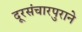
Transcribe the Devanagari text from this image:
दूरसंचारपुराने